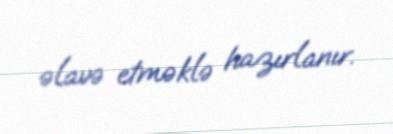
əlavə etməklə hazırlanır.